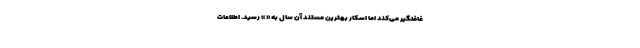
غافلگیر می‌کند اما اسکار بهترین مستند آن سال به « » رسید. اطلاعات